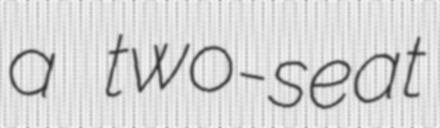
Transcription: a two-seat